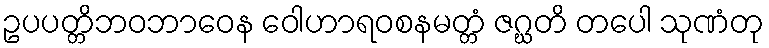
ဥပပတ္တိဘဝဘာဝေန ဝေါဟာရဝစနမတ္တံ ဇဂ္ဃတိ တပေါ သုဏံတု